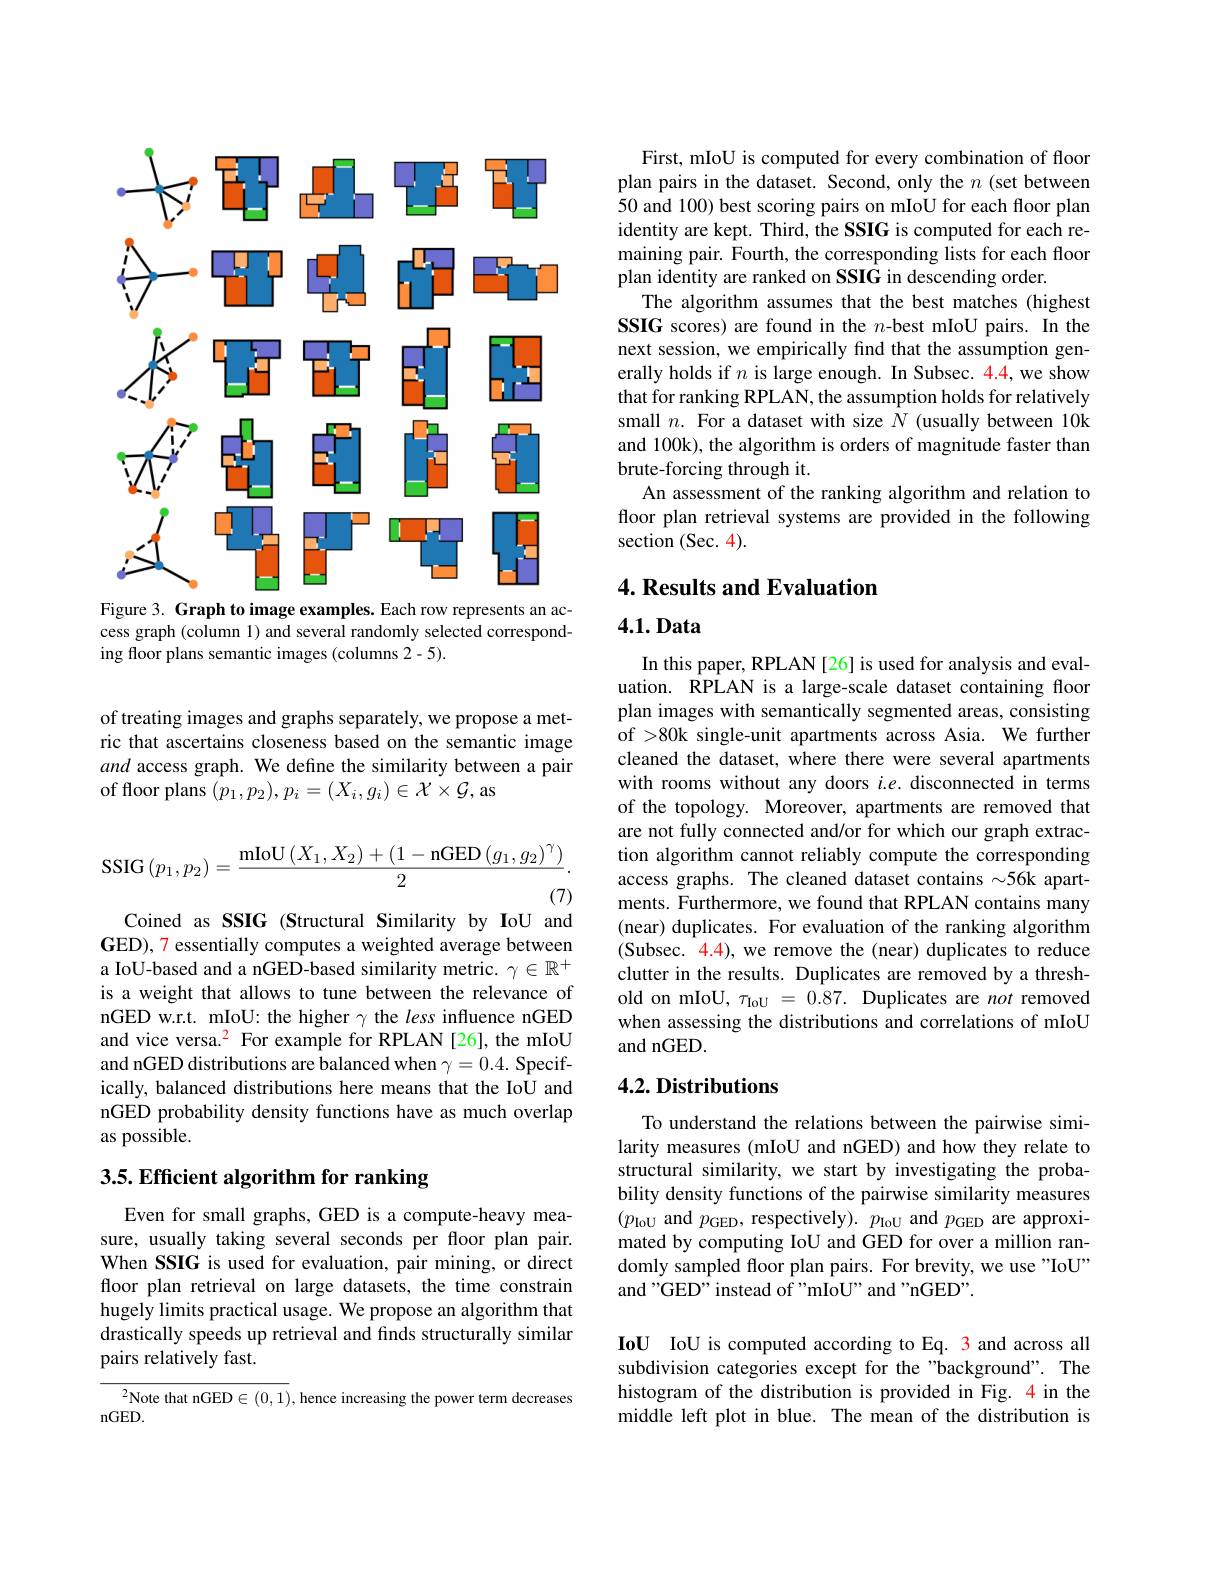
<FigureHere>
Figure 3. Graph to image examples. Each row represents an ac-

cess graph (column 1) and several randomly selected correspond-
ing floor plans semantic images (columns 2-5).

of treating images and graphs separately, we propose a metric that ascertains closeness based on the semantic image and access graph. We define the similarity between a pair of floor plans $(p_1,p_2),p_i=(X_i,g_i)\in\mathcal{X}\times\mathcal{G}$,as
$$\mathrm{SSIG}\left(p_1,p_2\right)=\frac{\mathrm{mIoU}\left(X_1,X_2\right)+\left(1-\mathrm{nGED}\left(g_1,g_2\right)^\gamma\right)}{2}.$$
Coined as SSIG (Structural Similarity by IoU and GED), 7 essentially computes a weighted average between a IoU-based and a nGED-based similarity metric. $\gamma\in\mathbb{R}^+$ is a weight that allows to tune between the relevance of nGED w.r.t. mIoU: the higher $\gamma$ the less influence nGED and vice versa.$^{2}$ For example for RPLAN [26], the mIoU and nGED distributions are balanced when $\gamma=0.4.$ Specifically, balanced distributions here means that the IoU and nGED probability density functions have as much overlap as possible.

## 3.5. Efficient algorithm for ranking

Even for small graphs, GED is a compute-heavy measure, usually taking several seconds per floor plan pair. When SSIG is used for evaluation, pair mining, or direct floor plan retrieval on large datasets, the time constrain hugely limits practical usage. We propose an algorithm that drastically speeds up retrieval and finds structurally similar pairs relatively fast.

$^{2}$Note that nGED$\in(0,1)$,hence increasing the power term decreases
$nGED.$

First, mIoU is computed for every combination of floor plan pairs in the dataset. Second, only the $n$ (set between 50 and 100) best scoring pairs on mIoU for each floor plan identity are kept. Third, the SSIG is computed for each remaining pair. Fourth, the corresponding lists for each floor plan identity are ranked on SSIG in descending order.
The algorithm assumes that the best matches (highest SSIG scores) are found in the $n$-best mIoU pairs. In the next session, we empirically find that the assumption generally holds if $n$ is large enough. In Subsec. 4.4,we show that for ranking RPLAN, the assumption holds for relatively small $n.$ For a dataset with size $N$ (usually between 10k and 100k), the algorithm is orders of magnitude faster than brute-forcing through it.
An assessment of the ranking algorithm and relation to floor plan retrieval systems are provided in the following section (Sec. 4).

### 4. Results and Evaluation

4.1.Data

In this paper, RPLAN [26] is used for analysis and evaluation. RPLAN is a large-scale dataset containing floor plan images with semantically segmented areas, consisting of >80k single-unit apartments across Asia. We further cleaned the dataset, where there were several apartments with rooms without any doors $i.e.$ disconnected in terms of the topology. Moreover, apartments are removed that are not fully connected and/or for which our graph extraction algorithm cannot reliably compute the corresponding access graphs. The cleaned dataset contains $\sim56$k apartments. Furthermore, we found that RPLAN contains many (near) duplicates. For evaluation of the ranking algorithm (Subsec. 4.4), we remove the (near) duplicates to reduce clutter in the results. Duplicates are removed by a threshold on mIoU, $\tau_\mathrm{IoU}=0.87.$ Duplicates are not removed when assessing the distributions and correlations of mIoU and nGED.

## 4.2. Distributions

To understand the relations between the pairwise similarity measures (mIoU and nGED) and how they relate to structural similarity, we start by investigating the probability density functions of the pairwise similarity measures $(p_{\mathrm{IoU}}$ and $p_\mathrm{GED}$, respectively). $p_\mathrm{IoU}$ and $p_\mathrm{GED}$ are approximated by computing IoU and GED for over a million randomly sampled floor plan pairs. For brevity, we use "IoU" and "GED" instead of "mIoU" and "nGED".

IoU IoU is computed according to Eq. 3 and across all subdivision categories except for the "background". The histogram of the distribution is provided in Fig. 4 in the middle left plot in blue. The mean of the distribution is